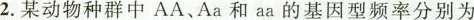
2.某动物种群中AA、Aa和aa的基因型频率分别为